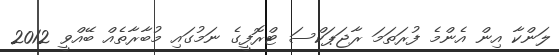
ލަންކާ އިން އެންމެ ފުރަތަމަ ރާޖަޕަކްސަ ޓްރޮފީގެ ނަމުގައި މުބާރާތެއް ބޭއްވީ 2012